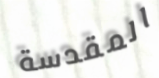
المقدسة